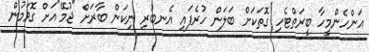
އަންހެންމީހާ ބީރަތްޓެހި ގޮތަކަށް ބަލަން ހުރެފައި އެނބުރި ނިކަން ބާރަށް "ޖުމޭ"އަށް ގޮވަމުން